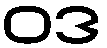
ဝဒ